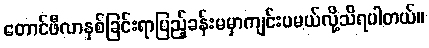
တောင်ဖီလာနှစ်ခြင်းရာပြည့်ခန်းမမှာကျင်းပမယ်လို့သိရပါတယ်။